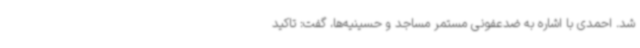
شد. احمدی با اشاره به ضدعفونی مستمر مساجد و حسینیه‌ها، گفت: تاکید